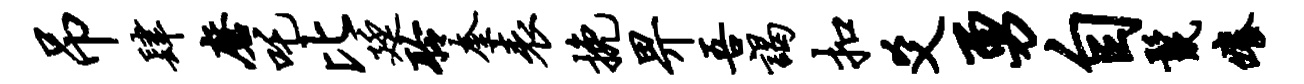
吊肆磨吒比廷聆奎表挽畀吾谒扣爻勇自鬣痒